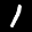
Label: 1